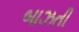
બાઝતી